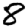
Digit: 8